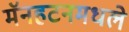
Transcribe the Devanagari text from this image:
मॅनहटनमधले